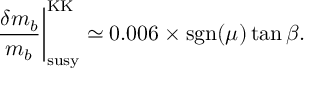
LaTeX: \left. \frac { \delta m _ { b } } { m _ { b } } \right| _ { \mathrm { s u s y } } ^ { \mathrm { K K } } \simeq 0 . 0 0 6 \times \mathrm { s g n } ( \mu ) \tan \beta .